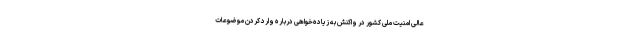
عالی امنیت ملی کشور در واکنش به زیاده‌خواهی درباره وارد کردن موضوعات